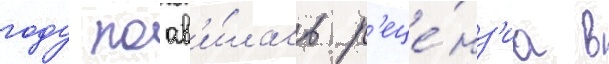
году поав'и́лась р'еце́нз'иа в